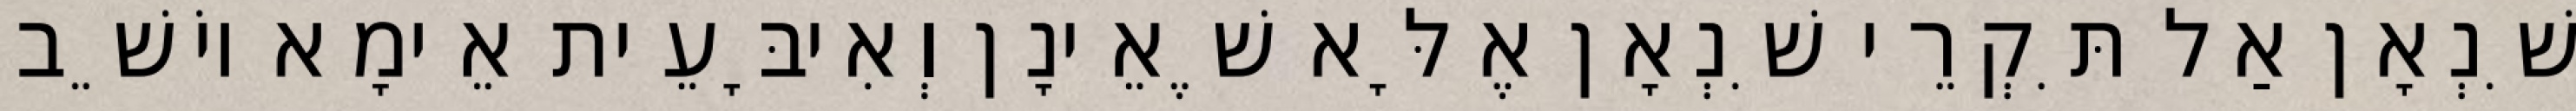
שִׁנְאָן אַל תִּקְרֵי שִׁנְאָן אֶלָּא שֶׁאֵינָן וְאִיבָּעֵית אֵימָא יוֹשֵׁב